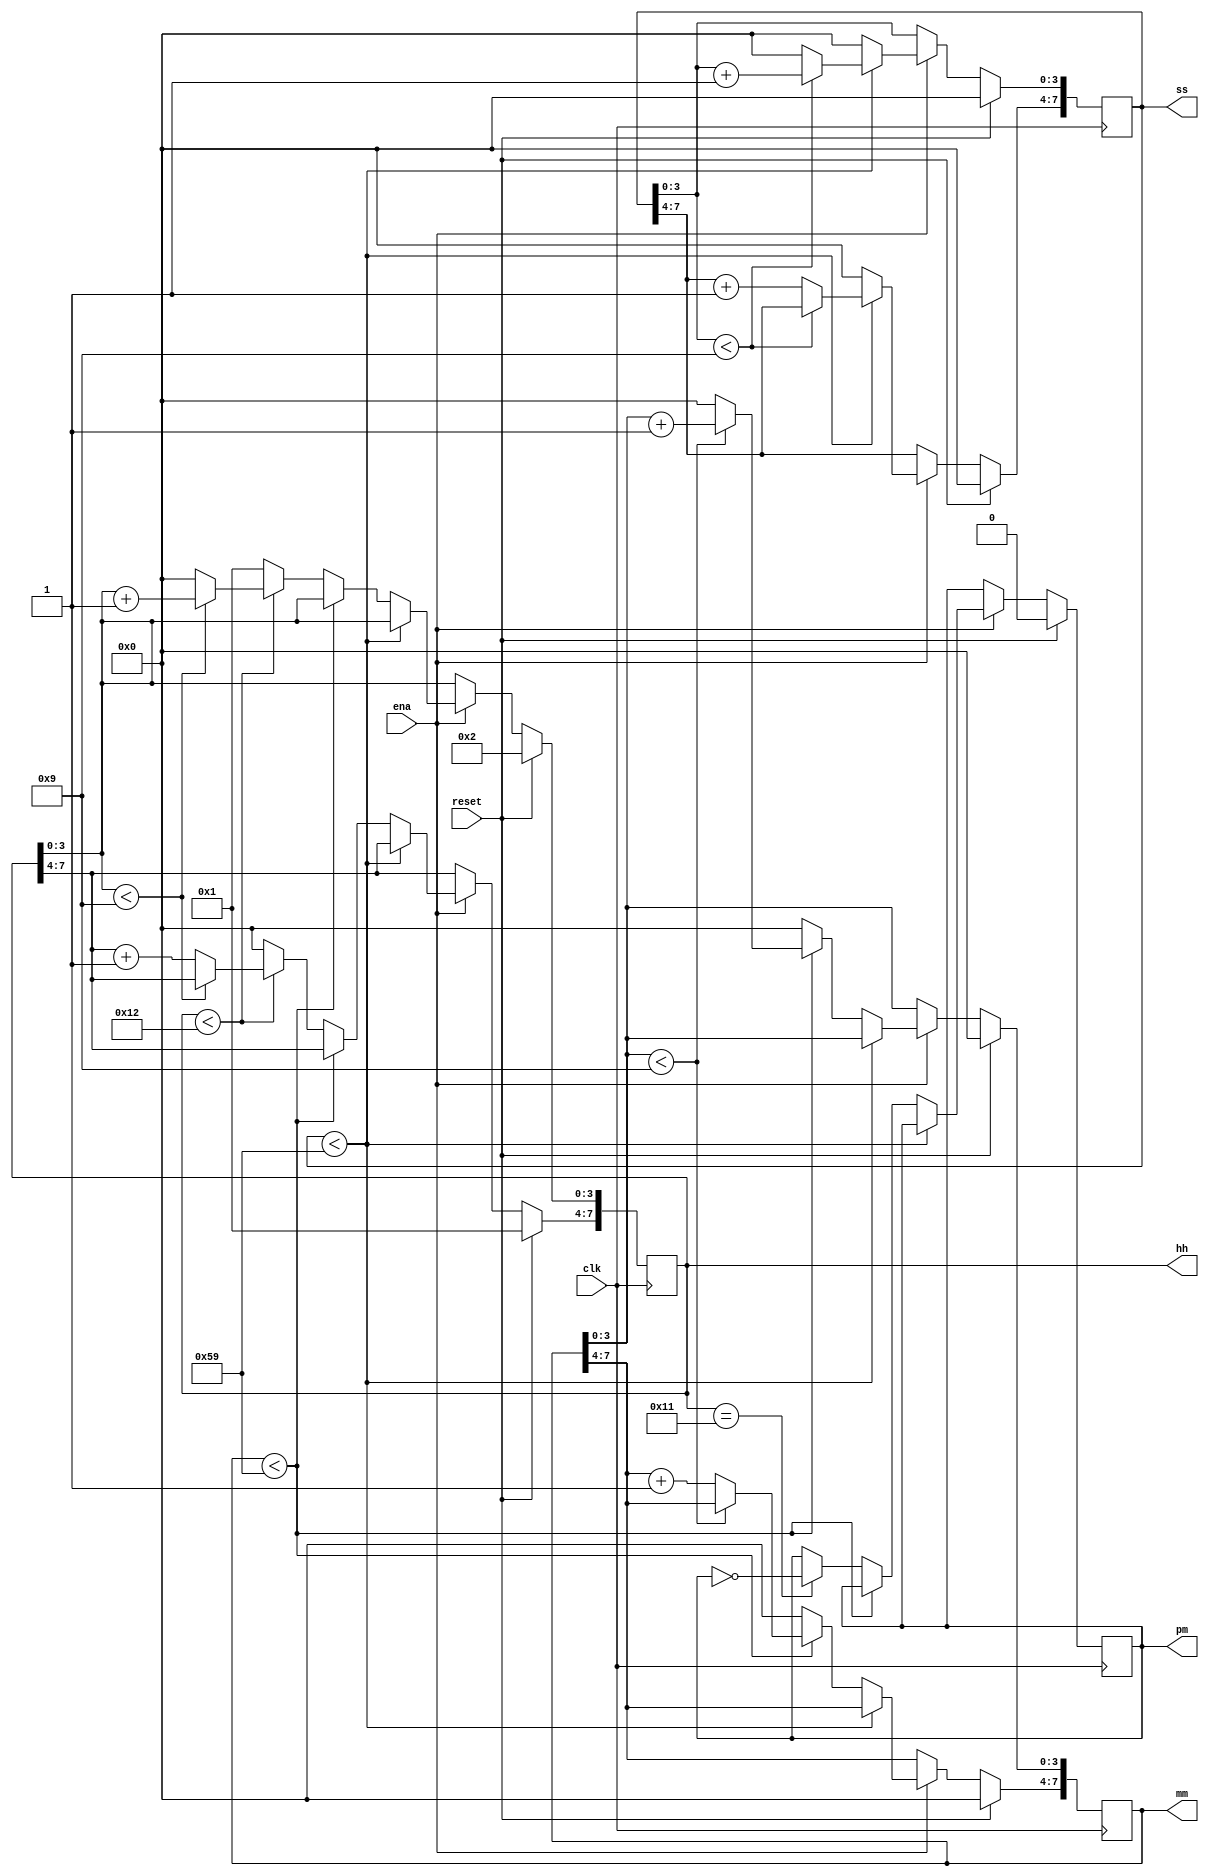
module top_module(
    input clk,
    input reset,
    input ena,
    output reg pm,
    output reg [7:0] hh,
    output reg [7:0] mm,
    output reg [7:0] ss
    ); 
    always @(posedge clk) begin
        if (reset) begin
            pm <= 1'b0;
            hh <= 8'h12;
            mm <= 8'h00;
            ss <= 8'h00;
        end else begin
            if (ena) begin
                if (ss < 8'h59) begin
                    if (ss[3:0] < 4'h9) begin //1 digit
                        ss[3:0] <= ss[3:0] + 1'h1;
                    end else begin
                        ss[3:0] <= 0; //59->00
                        ss[7:4] <= ss[7:4] + 1'h1; //10 digit
                    end
                end else begin
                    ss <= 0;
                    if (mm < 8'h59) begin
                        if (mm[3:0] < 4'h9) begin 
                            mm[3:0] <= mm[3:0] + 1'h1;
                        end else begin
                            mm[3:0] <= 0; //59->00
                            mm[7:4] <= mm[7:4] + 1'h1; 
                        end
                    end else begin
                        mm <= 1'h0;
                        if (hh == 8'h11) 
                            pm = !pm;
                        if (hh < 8'h12) begin
                            if (hh[3:0] < 4'h9) begin 
                                hh[3:0] <= hh[3:0] + 1'h1;
                            end else begin
                                hh[3:0] <= 0; //59->00
                                hh[7:4] <= hh[7:4] + 1'h1; 
                            end
                        end else begin
                            hh <= 1'h1; //hour 12->1
                        end
                    end
                end
            end
        end            
    end

endmodule